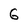
Character: 6